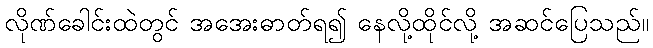
လိုဏ်ခေါင်းထဲတွင် အအေးဓာတ်ရ၍ နေလို့ထိုင်လို့ အဆင်ပြေသည်။